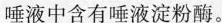
唾液中含有唾液淀粉酶。